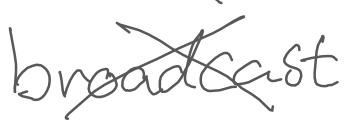
Text: broadcast
Cross-out: cross
Writing tool: digital_gray